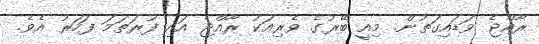
ރާއްޖެ ވަޑައިގަތުން. މިއީ ބޭރުގެ ވެރިއަކު ރާއްޖެ އައި ފުރަތަމަ ފަހަރު އެވެ.